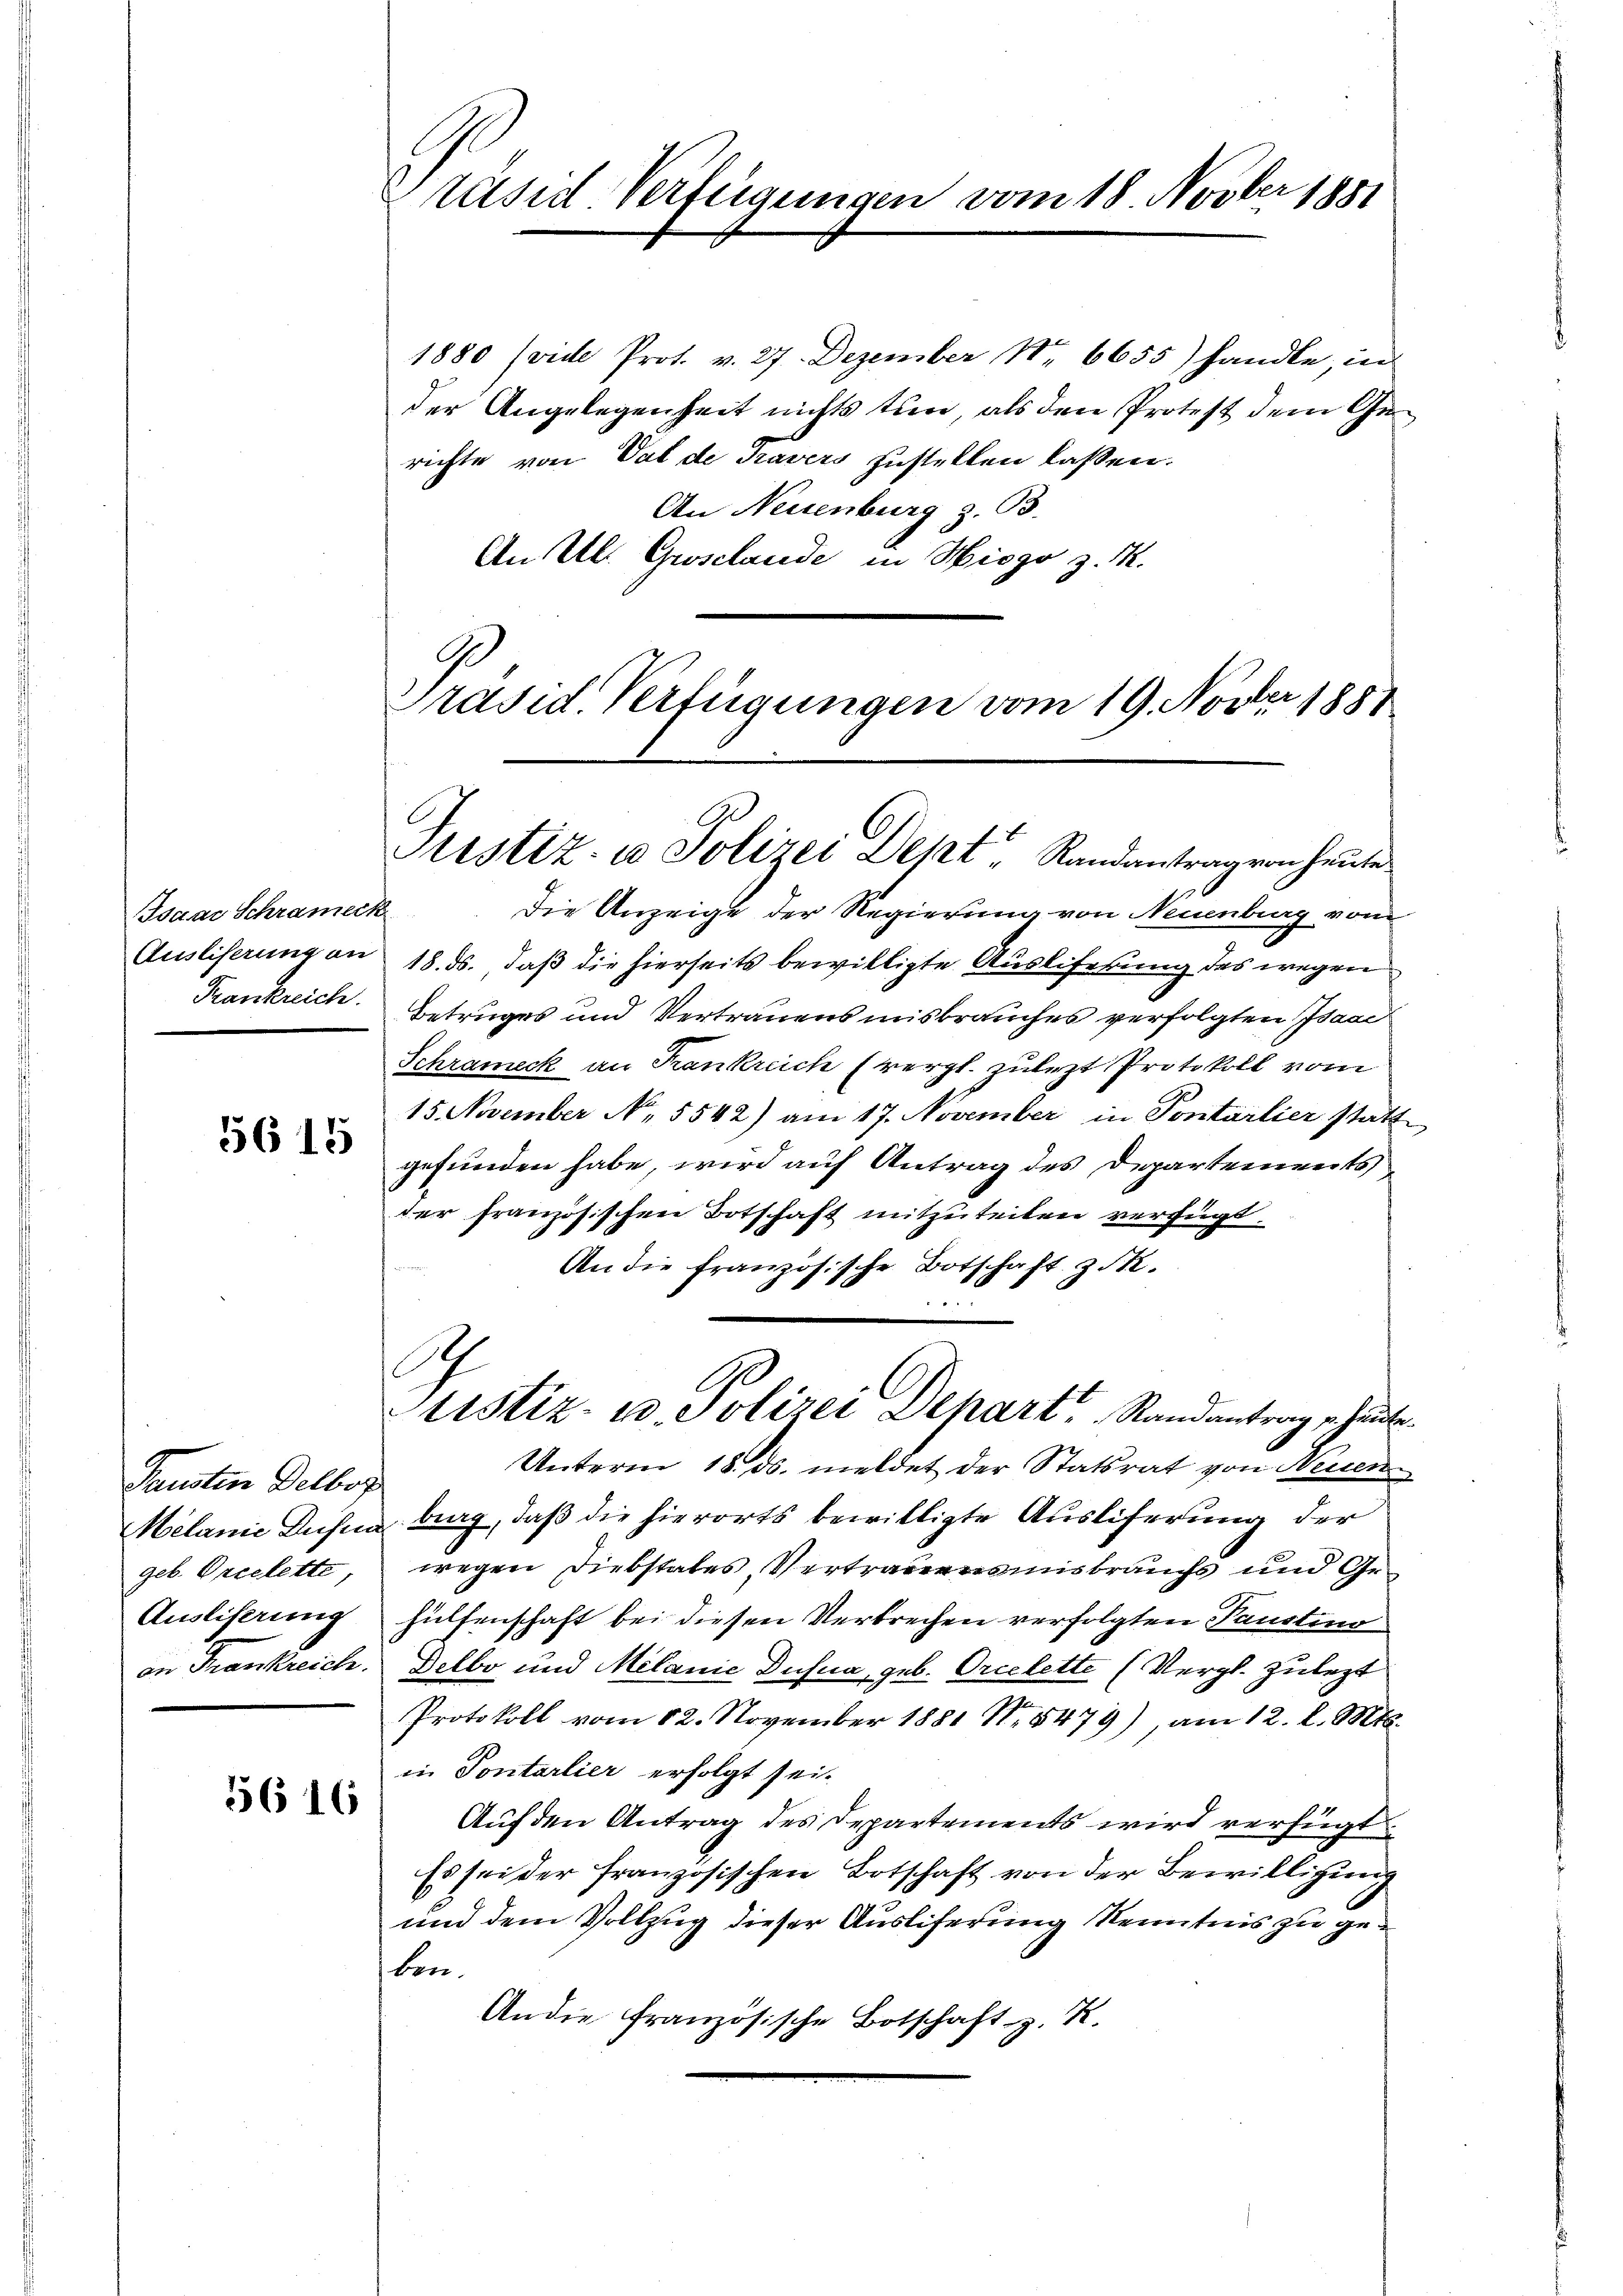
Isaar Schrameck
Ausliserung an
Krankreich.

5615

Fausten Delbor
geb. Orellette
Ausliserung
von Frankreich.

56 16

rüsd Verfügungen vom 18. Novber 1881

1880 (vide Prot. v. 27. Dezember Nr 6655) handle, in
der Angelegenheit nichts tun, als den Protest dem Gerichte von Val de Travers zustellen lassen.
An Neuenburg z. B.
An Al. Grosclande in Hisgo z. B.
Präsid. Verfügungen vom 19. Novber 1881

Justiz- u Polizei Dept" Randantragen heute

.
Justiz- u. Polizei Depart Randantrag er hat

Die Anzeige der Regierung von Neuenburg vom
18. ds., daß die hierseits bewilligte Ausliferung des wegen
Betruges und Vertrauens misbrauches verfolgten Isaac
Schrameck an Krankreich (vergl. zulezt Protokoll vom
15. November No. 5542) am 17. November in Pontarlier statt
gefunden habe, wird auf Antrag des Departements
der französischen Botschaft mitzuteilen verfügt:
An die französische Botschaft z. R.
Unterm 18. ds. meldet der Statsrat von Neuen
Melanie Ausna burg, daß die hierorts bewilligte Ausliferung der
wegen Diebstates, Vertrauensmisbrauchs und Gehülfenschaft bei diesen Verbrechen verfolgten Paustino
Delbo und Melanić Dusua, geb. Orcelette (Vergl. zulezt
Protokoll vom 12. November 1881 N. 5479), am 12. l. Mts.
in Pontarlier erfolgt sei.
Auf den Antrag des Departements wird verfügt
Es sei der französischen Botschaft von der Bewilligung
und dem Vollzug dieser Ausliferung Kenntnis zu gekon.
An die französische Botschaft z. K.